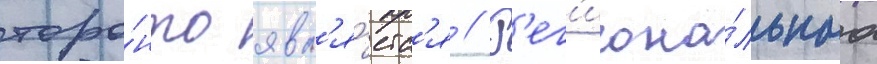
торо́нто явл'я́етс'я // Р'ег'иона́льнаа